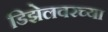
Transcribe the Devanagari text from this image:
डिझेलवरच्या